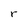
Character: r